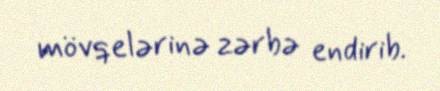
mövqelərinə zərbə endirib.